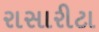
રાસારીટા